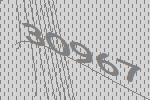
30967